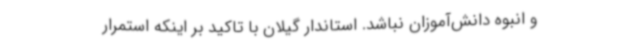
و انبوه دانش‌آموزان نباشد. استاندار گیلان با تاکید بر اینکه استمرار